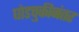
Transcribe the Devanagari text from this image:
घोडचुकीनंतर